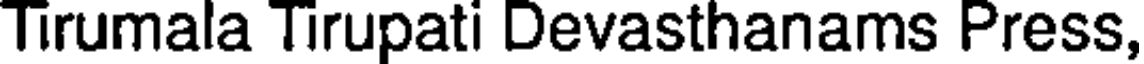
Tirumala Tirupati Devasthanams Press,